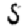
Digit: 5